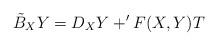
LaTeX: \begin{align*}\tilde{B}_X{Y}=D_X{Y}+'F(X,Y)T\end{align*}